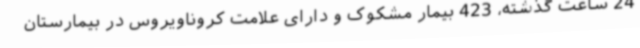
24 ساعت گذشته، 423 بیمار مشکوک و دارای علامت کروناویروس در بیمارستان